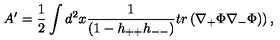
A ^ { \prime } = \frac { 1 } { 2 } \int d ^ { 2 } x \frac { 1 } { ( 1 - h _ { + + } h _ { -- } ) } t r \left( \nabla _ { + } \Phi \nabla _ { - } \Phi ) \right) ,